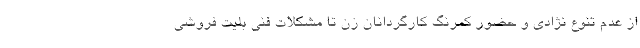
از عدم تنوع نژادی و حضور کمرنگ کارگردانان زن تا مشکلات فنی بلیت فروشی